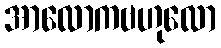
အာလောကဗဟုလော